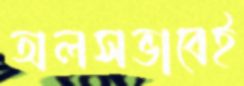
অলসভাবেই